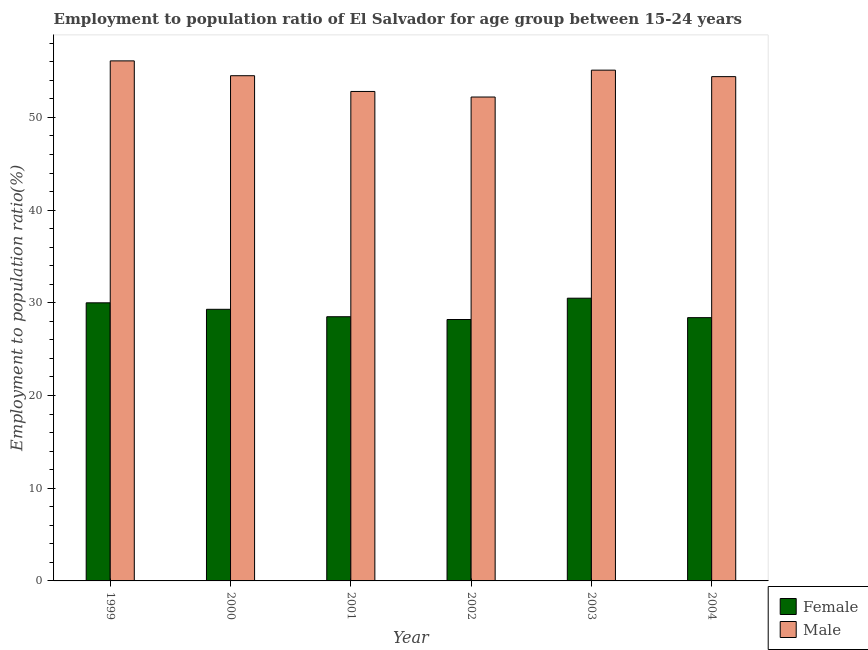
| Year | Female | Male |
 | --- | --- | --- |
 | 1999 | 30 | 56.1 |
 | 2000 | 29.3 | 54.5 |
 | 2001 | 28.5 | 52.8 |
 | 2002 | 28.2 | 52.2 |
 | 2003 | 30.5 | 55.1 |
 | 2004 | 28.4 | 54.4 |